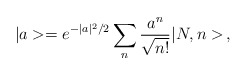
\begin{align*}|a> = e^{-|a|^2/2}\sum_n \frac{a^n}{\sqrt{n!}}|N,n> \, ,\end{align*}